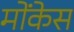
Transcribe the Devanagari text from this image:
मोंकेस